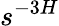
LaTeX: s^{-3H}